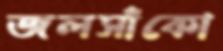
জলসাঁকো